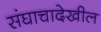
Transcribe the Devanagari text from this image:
संघाचादेखील